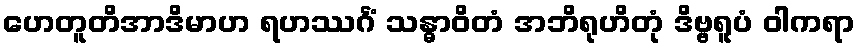
ဟေတူတိအာဒိမာဟ ရဟဿင်္ဂံ သန္ဓာဝိတံ အဘိရုဟိတုံ ဒိဗ္ဗရူပံ ဝါကရာ